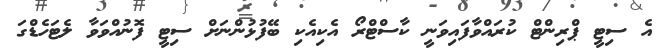
އެ ސިޓީ ޕްރިންޓް ކުރައްވާފައިވަނީ ކާސްޓްރޯ އެކިއެކި ބޭފުޅުންނަށް ސިޓީ ފޮނުއްވަވާ ލެޓަހެޑްގަ